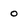
Character: o